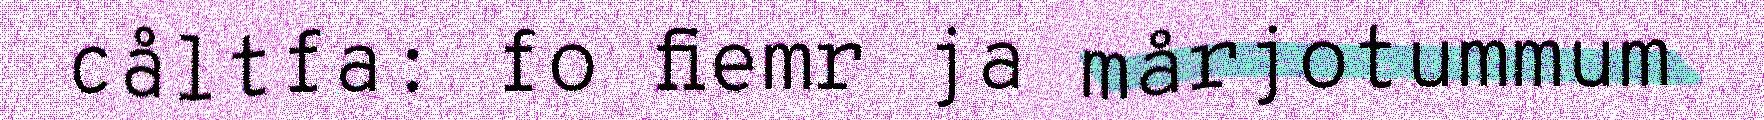
cåltfa: fo fiemr ja mårjotummum